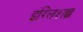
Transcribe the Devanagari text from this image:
इंग्लिशछ